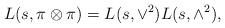
LaTeX: \begin{align*} L(s, \pi \otimes \pi)=L(s, \vee^2)L(s, \wedge^2),\end{align*}